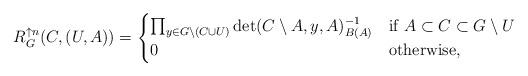
LaTeX: \begin{align*} R_{G}^{\uparrow n}(C,(U,A)) = \begin{cases} \prod_{y \in G \setminus (C \cup U)} \det(C \setminus A,y,A)^{-1}_{B(A)} & \mbox{if $A \subset C \subset G \setminus U$} \\ 0 & \mbox{otherwise}, \end{cases} \end{align*}